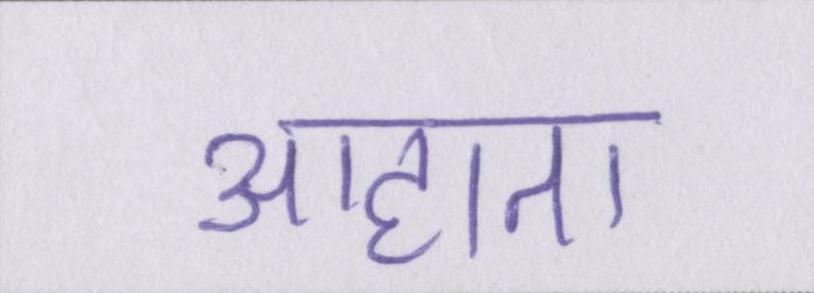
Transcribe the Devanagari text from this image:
आहाता